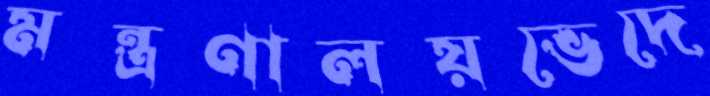
মন্ত্রণালয়ভেদে